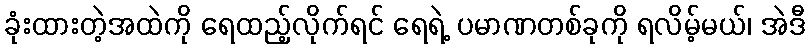
ခုံးထားတဲ့အထဲကို ရေထည့်လိုက်ရင် ရေရဲ့ ပမာဏတစ်ခုကို ရလိမ့်မယ်၊ အဲဒီ